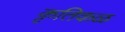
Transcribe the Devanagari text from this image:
कृतिकळ